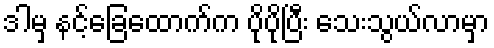
ဒါမှ နင့်ခြေထောက်က ပိုပိုပြီး သေးသွယ်လာမှာ